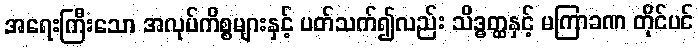
အရေးကြီးသော အလုပ်ကိစ္စများနှင့် ပတ်သက်၍လည်း သိဒ္ဓတ္ထနှင့် မကြာခဏ တိုင်ပင်